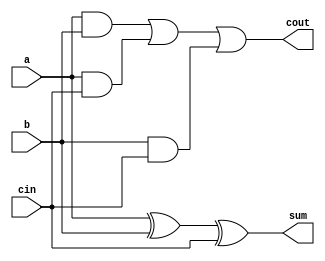
// Copyright 2003 Star Galaxy Publishing

module full_adder (a, b, cin, sum, cout);
  input a, b, cin;
  output sum, cout;
  reg sum, cout;

  always @(a or b or cin) begin
    sum = (a ^ b) ^ cin;
    cout = (a & b) | (a & cin) | (b & cin);
  end
endmodule